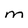
Character: m